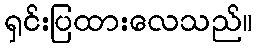
ရှင်းပြထားလေသည်။